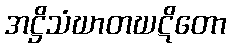
အဋ္ဌိသံဃာတဃဋိတော